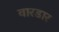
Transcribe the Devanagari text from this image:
वारडार